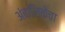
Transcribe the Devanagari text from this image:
अंबालिकेचा